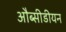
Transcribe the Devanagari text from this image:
औब्सीडीयन